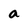
Character: a